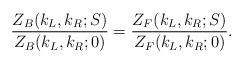
\begin{align*}{Z_B(k_L,k_R;S)\over Z_B(k_L,k_R;0)}={Z_F(k_L,k_R;S)\over Z_F(k_L,k_R;0)}.\end{align*}